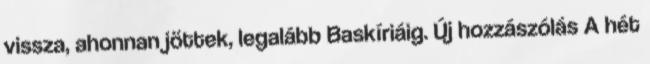
vissza, ahonnan jöttek, legalább Baskíriáig. Új hozzászólás A hét